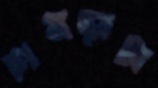
চামড়াটা